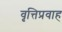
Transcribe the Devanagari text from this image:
वृत्तिप्रवाह